Civil Veterinary Department. Central Provinces & Berar 1925-31 - 1925-1931
Year: 1925
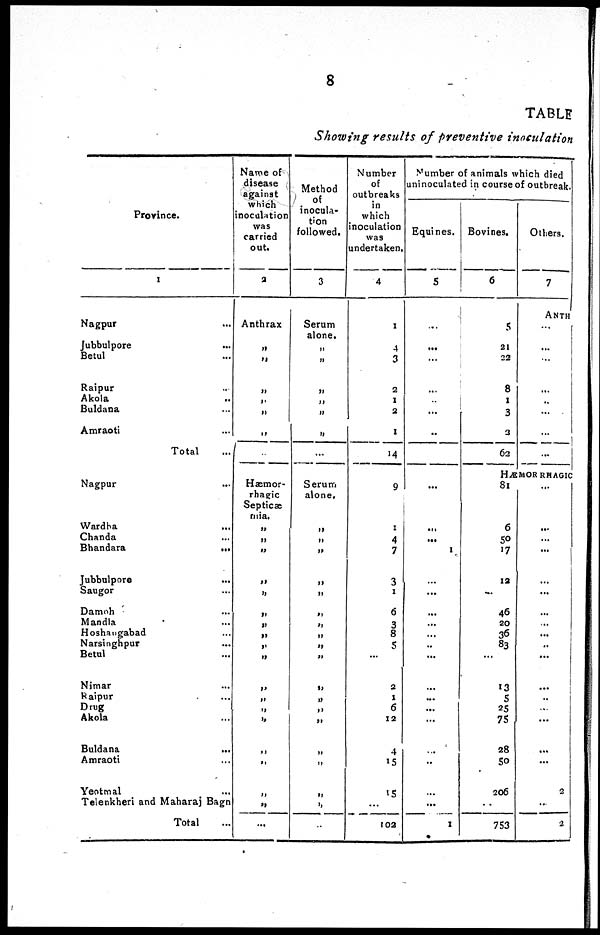
8
TABLE
Showing results of preventive inoculation
Province.
1
Nagpur ...
Jubbulpore ...
Betul ...
Raipur ...
Akola ...
Buldana ...
Amraoti ...
Total ...
Nagpur ...
Wardba
...
Chanda ...
Bhandara
...
Jubbulpore ...
Saugor ...
Damoh ...
Mandla ...
Hoshangabad ...
Narsinghpur ...
Betul ...
Njmar ...
Raipur ...
Drug
Akola ...
Buldana
...
Amraoti ...
Yeotmal ...
Telenkheri and Maharaj Bagn
Total ...
Name of
disease
against
which
inoculation
was
carried
out.
2
Anthrax
„
„
„
„
„
„
..
Hæmor-
rhagic
Septicæ
mia.
„
„
„
„
„
„
„
„
„
„
„
„
„
„
„
„
„
„
...
Method
of
inocula-
tion
followed.
3
Serum
alone.
„
„
„
„
„
„
...
Serum
alone.
„
„
„
„
„
„
„
„
„
„
„
„
„
„
„
„
„
„
...
Number
of
outbreaks
in
which
inoculation
was
undertaken.
4
1
4
3
2
1
2
1
14
9
1
4
7
3
1
6
3
8
5
...
2
1
6
12
4
15
15
...
102
Number of animals which died
uninoculated in course of outbreak.
Equines.
5
...
...
...
...
...
..
...
...
...
...
1
...
...
...
...
...
..
...
...
...
...
...
...
...
...
...
1
Bovines.
6
5
21
22
8
1
3
3
62
Others.
7
ANTH
...
...
...
...
..
...
...
...
HÆMORRHAGIC
81
6
50
17
12
...
46
20
36
83
...
13
5
25
75
28
50
206
...
753
...
...
...
...
...
...
...
...
...
..
...
...
..
...
...
...
...
2
...
2